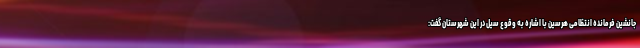
جانشین فرمانده انتظامی هرسین با اشاره به وقوع سیل در این شهرستان گفت: